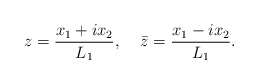
\begin{align*}z=\frac{x_1+ix_2}{L_1},\;\;\;\;\bar{z}=\frac{x_1-ix_2}{L_1}.\end{align*}